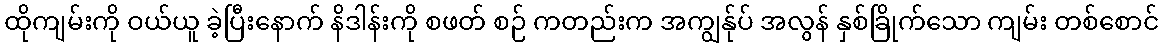
ထိုကျမ်းကို ဝယ်ယူ ခဲ့ပြီးနောက် နိဒါန်းကို စဖတ် စဉ် ကတည်းက အကျွန်ုပ် အလွန် နှစ်ခြိုက်သော ကျမ်း တစ်စောင်